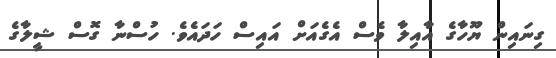
ގިނައިން ޔޫހާގެ އާއިލާ ވެސް އެގެއަށް އައިސް ހަދައެވެ. ހުސްނާ ގޮސް ޝީލާގެ